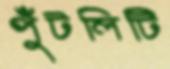
পুঁটলিটি